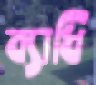
ব্যাধি